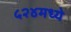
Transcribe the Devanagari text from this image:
५२४मध्ये